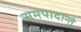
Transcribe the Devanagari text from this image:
समपादान्ते